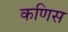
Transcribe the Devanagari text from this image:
कणिस